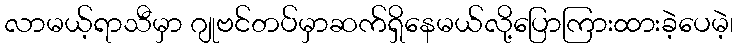
လာမယ့်ရာသီမှာ ဂျုဗင်တပ်မှာဆက်ရှိနေမယ်လို့ပြောကြားထားခဲ့ပေမဲ့၊